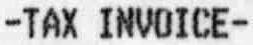
-TAX INVOICE-